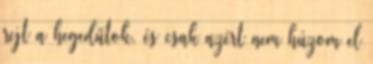
rejt a hegedűtok, és csak azért nem húzom el